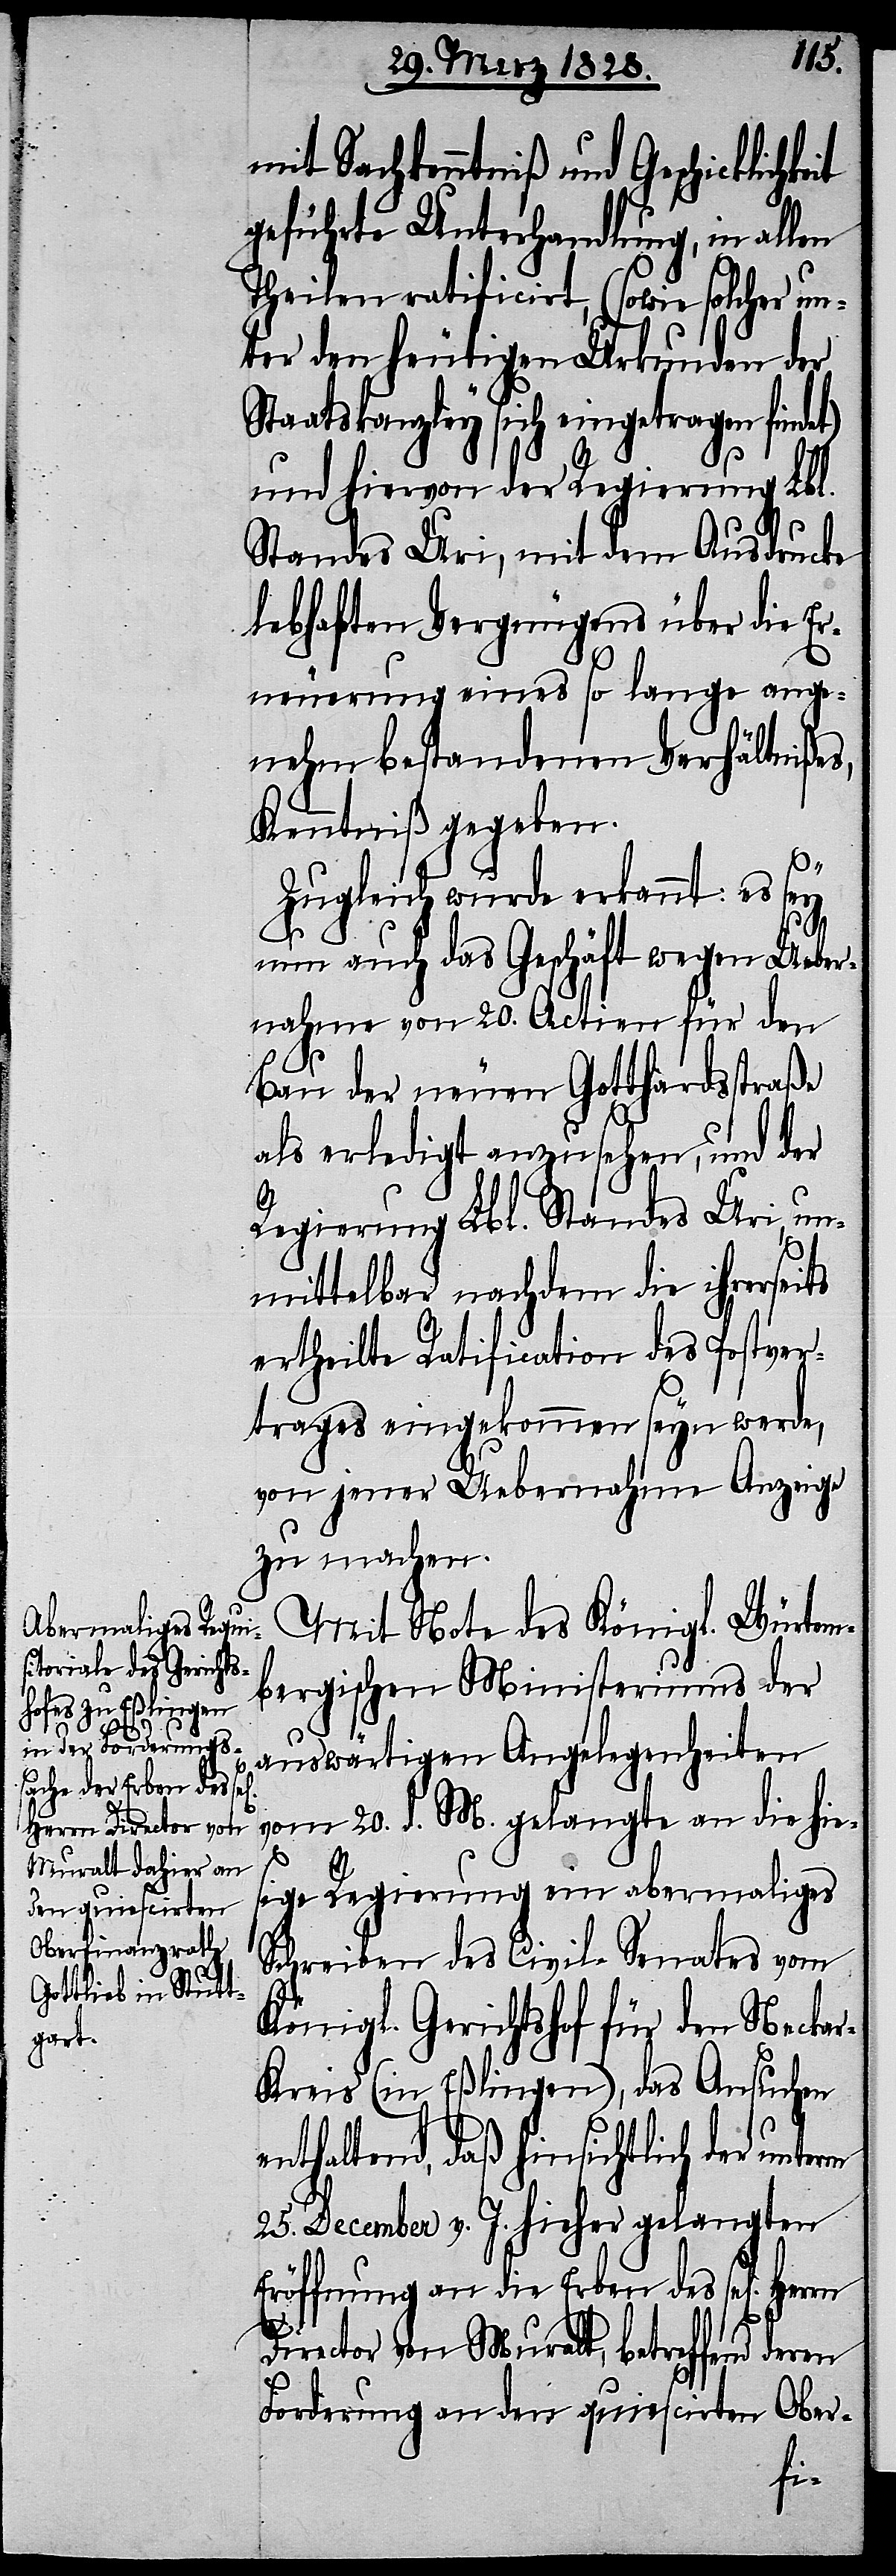
mit Sachkenntniß und Geschickli¬
geführte Unterhandlung, in allen
Theilen ratificirt, (sowie solcher un¬
ter den heutigen Urkunden der
Staatskanzley sich eingetragen finde¬
und hiervon der Regierung Lbl.
Standes Uri, mit dem Ausdrucke
lebhaften Vergnügens über die Er¬
neuerung eines so lange ange¬
nehm bestandenen Verhältnißes,
Kenntniß gegeben.
Zugleich wurde erkannt: es sey
t)
nun auch das Geschäft wegen Ueber¬
nahme von 20. Actien für den
Bau der neuen Gotthardsstraße
als erledigt anzusehen, und der
Regierung Lbl. Standes Uri, un¬
mittelbar nachdem die ihrerseits
ertheilte Ratification des Postver¬
trages eingekommen seyn werde,
von jener Uebernahme Anzeige
zu machen.
Mit Note des Königl. Würtem¬
bergischen Ministeriums der
chkeit
auswärtigen Angelegenheiten
vom 20. d. M. gelangte an die hie¬
sige Regierung ein abermaliges
Schreiben des Civil Senates vom
Königl. Gerichtshof für den Necka¬
r-Kreis (in Eßlingen), das Ansuchen
enthaltend, daß hinsichtlich der unterm
25. December v. J. hieher gelangten
Eröffnung an die Erben des sel[igen]
Director von Muralt, betreffend deren
Forderung an den quiescirten Ober-